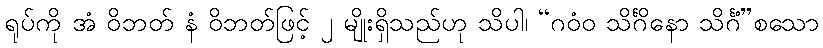
ရုပ်ကို အံ ဝိဘတ် နံ ဝိဘတ်ဖြင့် ၂ မျိုးရှိသည်ဟု သိပါ၊ “ဂဝံဝ သိင်္ဂိနော သိင်္ဂံ”စသော